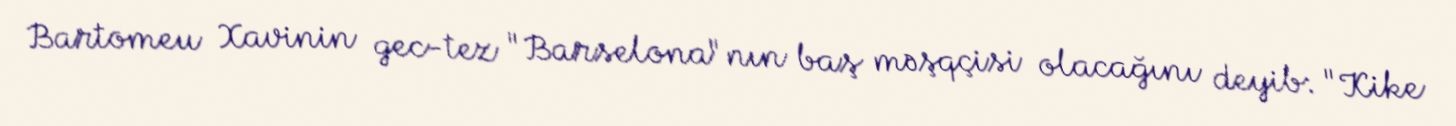
Bartomeu Xavinin gec-tez "Barselona"nın baş məşqçisi olacağını deyib: "Kike